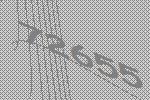
72655